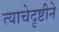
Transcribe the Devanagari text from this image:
त्याचेदृष्टीने